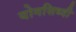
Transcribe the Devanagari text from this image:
योगसिध्दी